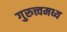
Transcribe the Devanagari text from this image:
गुरुत्त्वमध्य